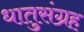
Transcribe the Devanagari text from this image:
धातुसंग्रह